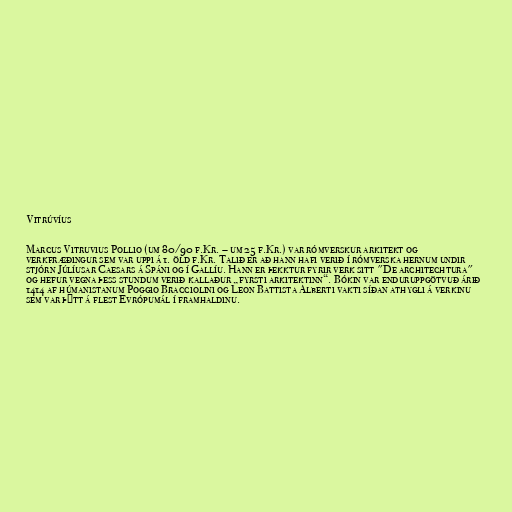
Vitrúvíus

Marcus Vitruvius Pollio (um 80/90 f.Kr. – um 25 f.Kr.) var rómverskur arkitekt og
verkfræðingur sem var uppi á 1. öld f.Kr. Talið er að hann hafi verið í rómverska hernum undir
stjórn Júlíusar Caesars á Spáni og í Gallíu. Hann er þekktur fyrir verk sitt "De architechtura"
og hefur vegna þess stundum verið kallaður „fyrsti arkitektinn“. Bókin var enduruppgötvuð árið
1414 af húmanistanum Poggio Bracciolini og Leon Battista Alberti vakti síðan athygli á verkinu
sem var þýtt á flest Evrópumál í framhaldinu.